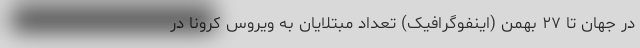
در جهان تا ٢۷ بهمن (اینفوگرافیک) تعداد مبتلایان به ویروس کرونا در